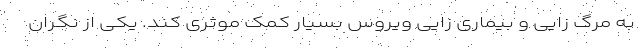
به مرگ زایی و بیماری زایی ویروس بسیار کمک موثری کند. یکی از نگران